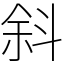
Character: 斜